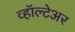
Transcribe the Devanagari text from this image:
व्हॉल्टेअर